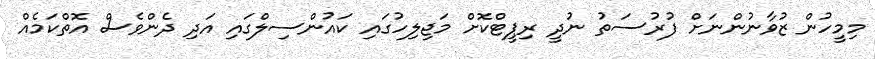
މިމީހުން ޒުވާނުންނަށް ފުރުސަތު ނުދީ ރިޕީޓްކޮށް މަޖިލިހުގައި ކައުންސިލްގައި އަދި ދެންވެސް އޮތްކަމެއް